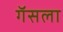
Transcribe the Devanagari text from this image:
गॅसला